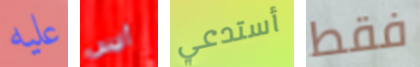
عليه أليس أستدعي فقط